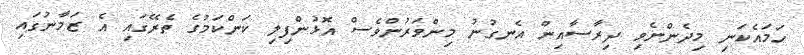
ހަމައެކަނި މިދެންނެވި ދިރާސާއިން އެނގުނު މިންވަރުންވެސް އޮޅުންފިލި ކަންކަމުގެ ތެރޭގައި އެ ޒަމާނުގައި